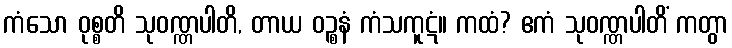
ကံသော ဝုစ္စတိ သုဝဏ္ဏပါတိ, တာယ ဝဉ္စနံ ကံသကူဋံ။ ကထံ? ဧကံ သုဝဏ္ဏပါတိံ ကတွာ